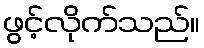
ဖွင့်လိုက်သည်။